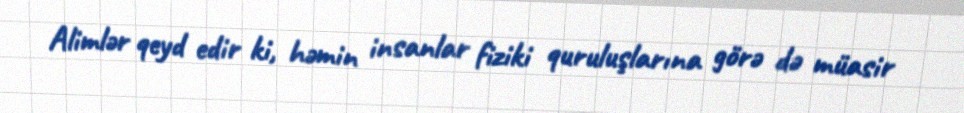
Alimlər qeyd edir ki, həmin insanlar fiziki quruluşlarına görə də müasir